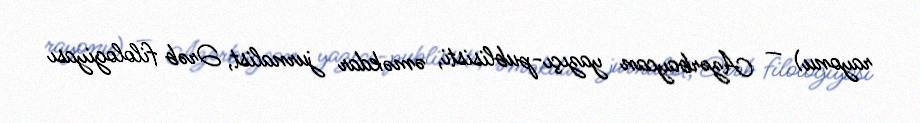
rayonu) — Azərbaycan yazıçı-publisisti, əməkdar jurnalist, Ərəb filologiyası